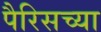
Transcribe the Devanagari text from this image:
पैरिसच्या